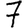
Digit: 7